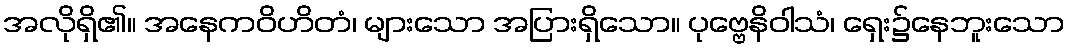
အလိုရှိ၏။ အနေကဝိဟိတံ၊ များသော အပြားရှိသော။ ပုဗ္ဗေနိဝါသံ၊ ရှေး၌နေဘူးသော